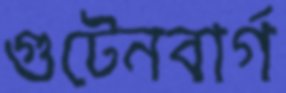
গুটেনবার্গ